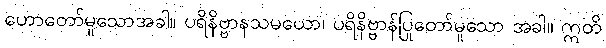
ဟောတော်မူသောအခါ။ ပရိနိဗ္ဗာနသမယော၊ ပရိနိဗ္ဗာန်ပြုတော်မူသော အခါ။ ဣတိ